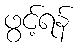
ဖွင့်ရန်